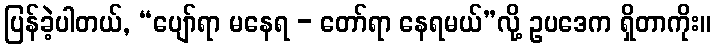
ပြန်ခဲ့ပါတယ်, “ပျော်ရာ မနေရ - တော်ရာ နေရမယ်”လို့ ဥပဒေက ရှိတာကိုး။